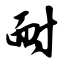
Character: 耐